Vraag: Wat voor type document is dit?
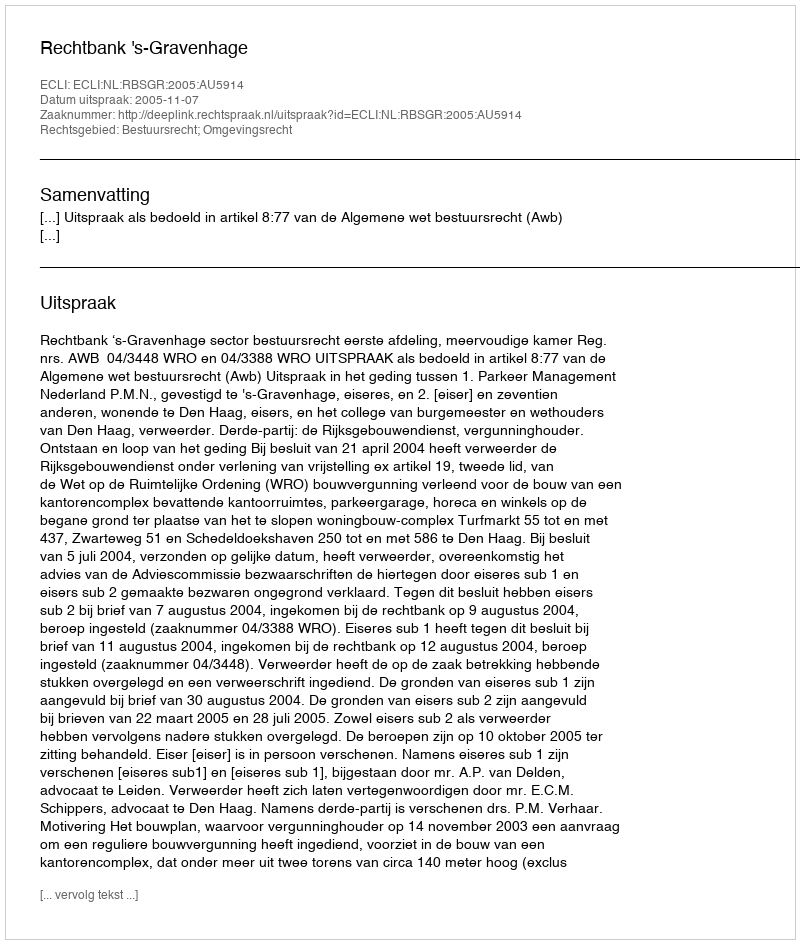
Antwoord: Uitspraak